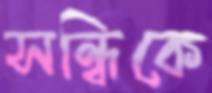
সন্ধিকে